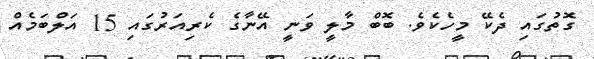
ގޮތުގައި ދެކޭ މީހެކެވެ. ބޮބް މާލީ ވަނީ އޭނާގެ ކެރިއަރުގައި 15 އަލްބަމެއް